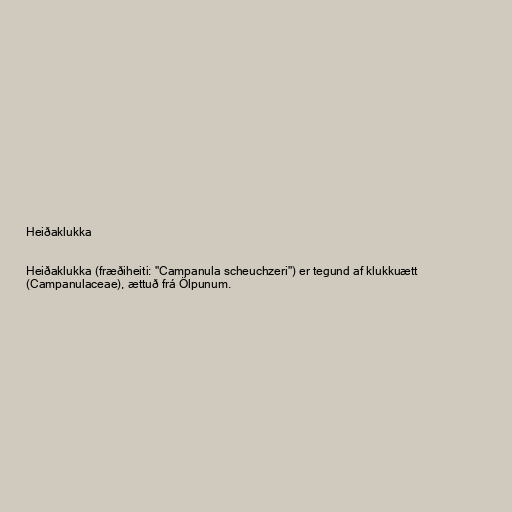
Heiðaklukka

Heiðaklukka (fræðiheiti: "Campanula scheuchzeri") er tegund af klukkuætt
(Campanulaceae), ættuð frá Ölpunum.